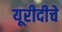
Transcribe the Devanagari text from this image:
यूरीदीचे